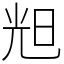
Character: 𣆥